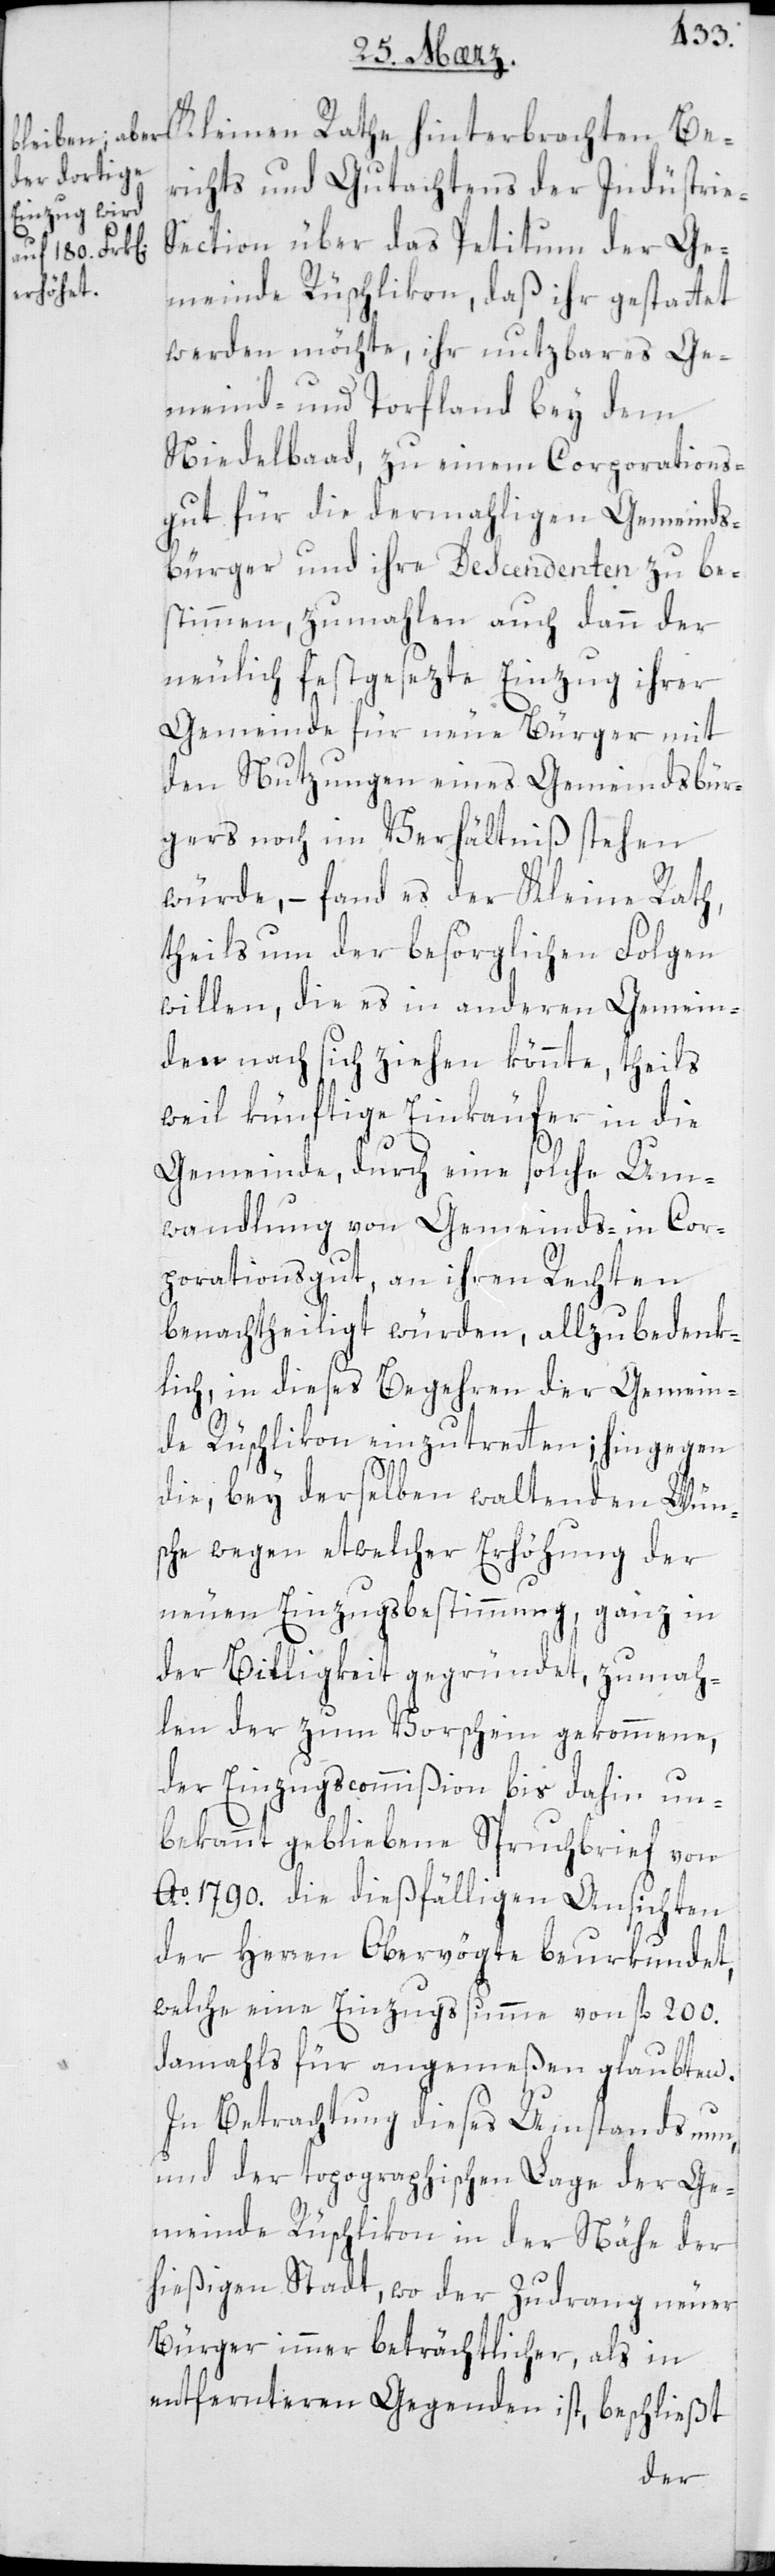
Kleinen Rathe hinterbrachten Be¬
richts und Gutachtens der Industrie-S¬
ection über das Petitum der Ge¬
meinde Rüschlikon, daß ihr gestattet
werden möchte, ihr nutzbares Ge¬
meind- und Torfland bey dem,
Niedelbaad, zu einem Corporations¬
gut für die dermahligen Gemeinds¬
bürger und ihre Descendenten zu be¬
stimen, zu mahlen auch dann der
neulich festgesezte Einzug ihrer
Gemeinde für neue Bürger mit
den Nutzungen eines Gemeindsbür¬
gers noch im Verhältniß stehen
würde, – fand es der Kleine Rath,
theils um der besorglichen Folgen
willen, die es in anderen Gemein¬
den nach sich ziehen könnte, theils
weil künftige Einkäufer in die
Gemeinde, durch eine solche Um¬
wandlung von Gemeinds- in Cor¬
porationsgut, an ihren Rechten
benachtheiliget würden, allzubedenk¬
lich, in dieses Begehren der Gemein¬
de Rüschlikon einzutreten; hingegen
die, bey derselben waltenden Wün¬
sche wegen etwelcher Erhöhung der
neuen Einzugsbestimmung, ganz in
der Billigkeit gegründet, zumah¬
len der zum Vorschein gekommene,
der Einzugscommißion bis dahin un¬
bekannt gebliebene Spruchbrief von
Ao. 1790. die dießfälligen Ansichten
der Herren Obervögte beurkundet,
welche eine Einzugssumme von fl. 200.
damahls für angemeßen glaubten.
In Betrachtung dieses Umstands nun
und der topographischen Lage der Ge¬
meinde Rüschlikon in der Nähe der
hießigen Stadt, wo der Zudrang neuer
Bürger immer beträchtlicher, als in
entfernteren Gegenden ist, beschließt